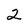
Character: 2